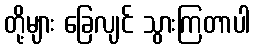
တို့များ ခြေလျင် သွားကြတာပါ